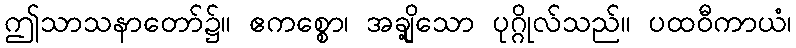
ဤသာသနာတော်၌။ ဧကစ္စော၊ အချို့သော ပုဂ္ဂိုလ်သည်။ ပထဝီကာယံ၊